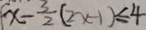
x - \frac { 3 } { 2 } ( 2 x - 1 ) \leq 4